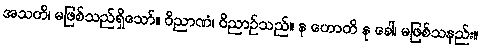
အသတိ၊ မဖြစ်သည်ရှိသော်။ ဝိညာဏံ၊ ဝိညာဉ်သည်။ န ဟောတိ နု ခေါ၊ မဖြစ်သနည်း။